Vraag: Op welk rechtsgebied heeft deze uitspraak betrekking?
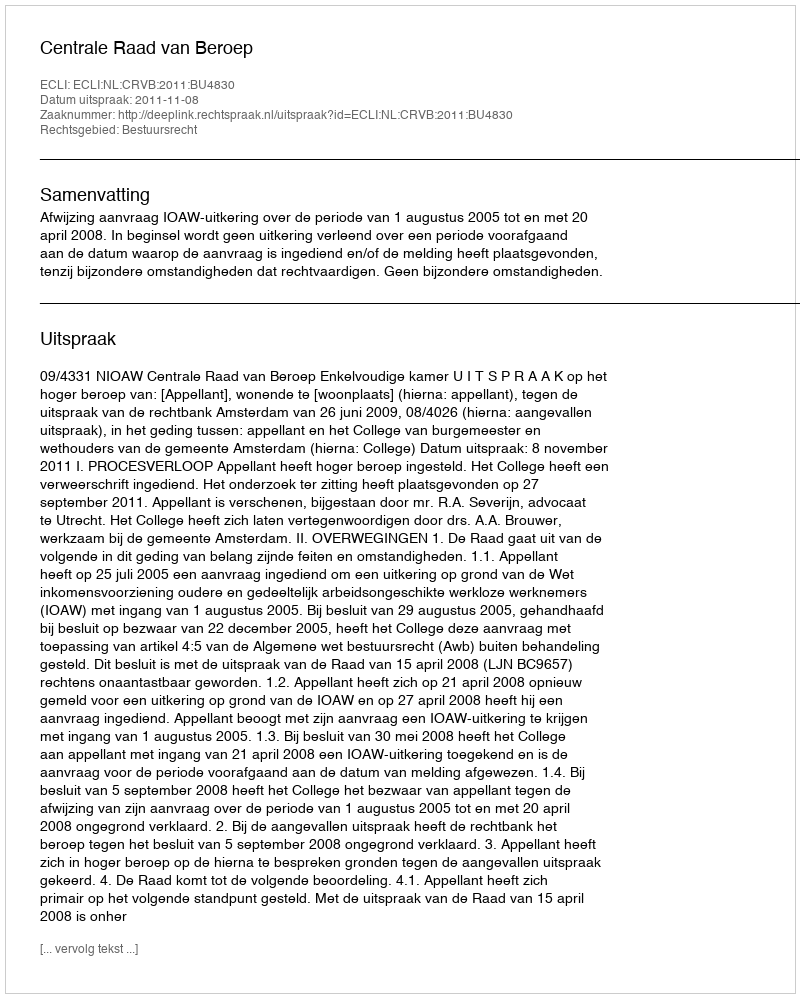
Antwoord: Bestuursrecht